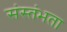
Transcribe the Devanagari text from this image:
संस्तंभता